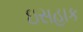
ઇસહાક